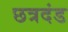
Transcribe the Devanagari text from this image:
छत्रदंड